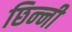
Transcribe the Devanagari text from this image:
छिन्‍नी